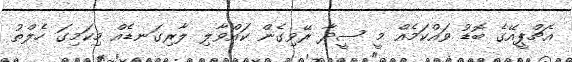
އެޗްޕީއޭގެ ބޮޑު ވައްކަމެއް މީ ސީދާ ރޭވިގެން ކައްވާލި ލާރިގަނޑެއް މިކަމިގަ ހެލްތު